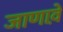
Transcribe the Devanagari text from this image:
जाणावे़